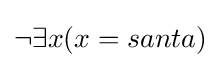
\lnot \exists x(x=santa)